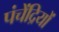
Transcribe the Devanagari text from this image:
पंचेंद्रियों